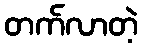
တက်လာတဲ့